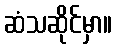
ဆံသဆိုင်မှာ။